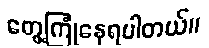
တွေ့ကြုံနေရပါတယ်။